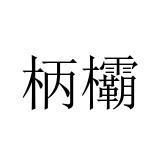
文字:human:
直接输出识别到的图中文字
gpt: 柄欛